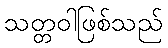
သတ္တဝါဖြစ်သည်